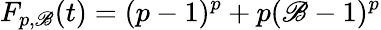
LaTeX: F_{p,\mathscr{B}}(t)=(p-1)^{p}+p(\mathscr{B}-1)^{p}